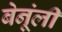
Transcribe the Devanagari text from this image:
बेनूंली